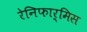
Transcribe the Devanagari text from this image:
रेनिफार्मिस